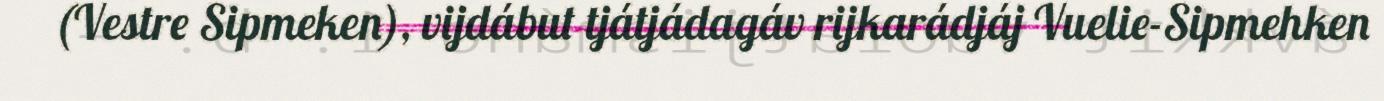
(Vestre Sipmeken), vijdábut tjátjádagáv rijkarádjáj Vuelie-Sipmehken